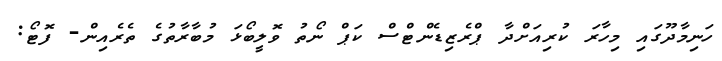
ހަނިމާދޫގައި މިހާރަ ކުރިއަށްދާ ޕްރެޒިޑެންޓްސް ކަޕް ނޯތު ވޮލީބޯޅަ މުބާރާތުގެ ތެރެއިން- ފޮޓޯ: